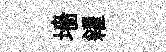
墻糴